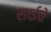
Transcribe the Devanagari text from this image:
साईचे